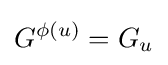
G^{\phi (u)}=G_{u}